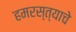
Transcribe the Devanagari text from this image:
हमरस्त्याचे